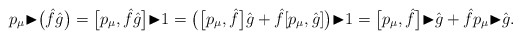
\begin{align*}p_\mu {\blacktriangleright}\big(\hat{f}\hat{g}\big)=\big[p_\mu,\hat{f}\hat{g}\big] {\blacktriangleright}1=\big(\big[p_\mu,\hat{f}\big]\hat{g}+\hat{f}[p_\mu,\hat{g}]\big) {\blacktriangleright}1=\big[p_\mu,\hat{f}\big] {\blacktriangleright}\hat{g}+\hat{f}p_\mu {\blacktriangleright}\hat{g}.\end{align*}